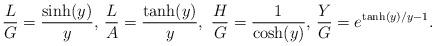
LaTeX: \begin{align*} \frac{L}{G}= \frac{\sinh (y)}{y},\, \frac{L}{A}= \frac{\tanh (y)}{y},\ \frac{H}{G}= \frac{1}{\cosh (y)},\, \frac{Y}{G}= e^{\tanh (y)/y -1}. \end{align*}